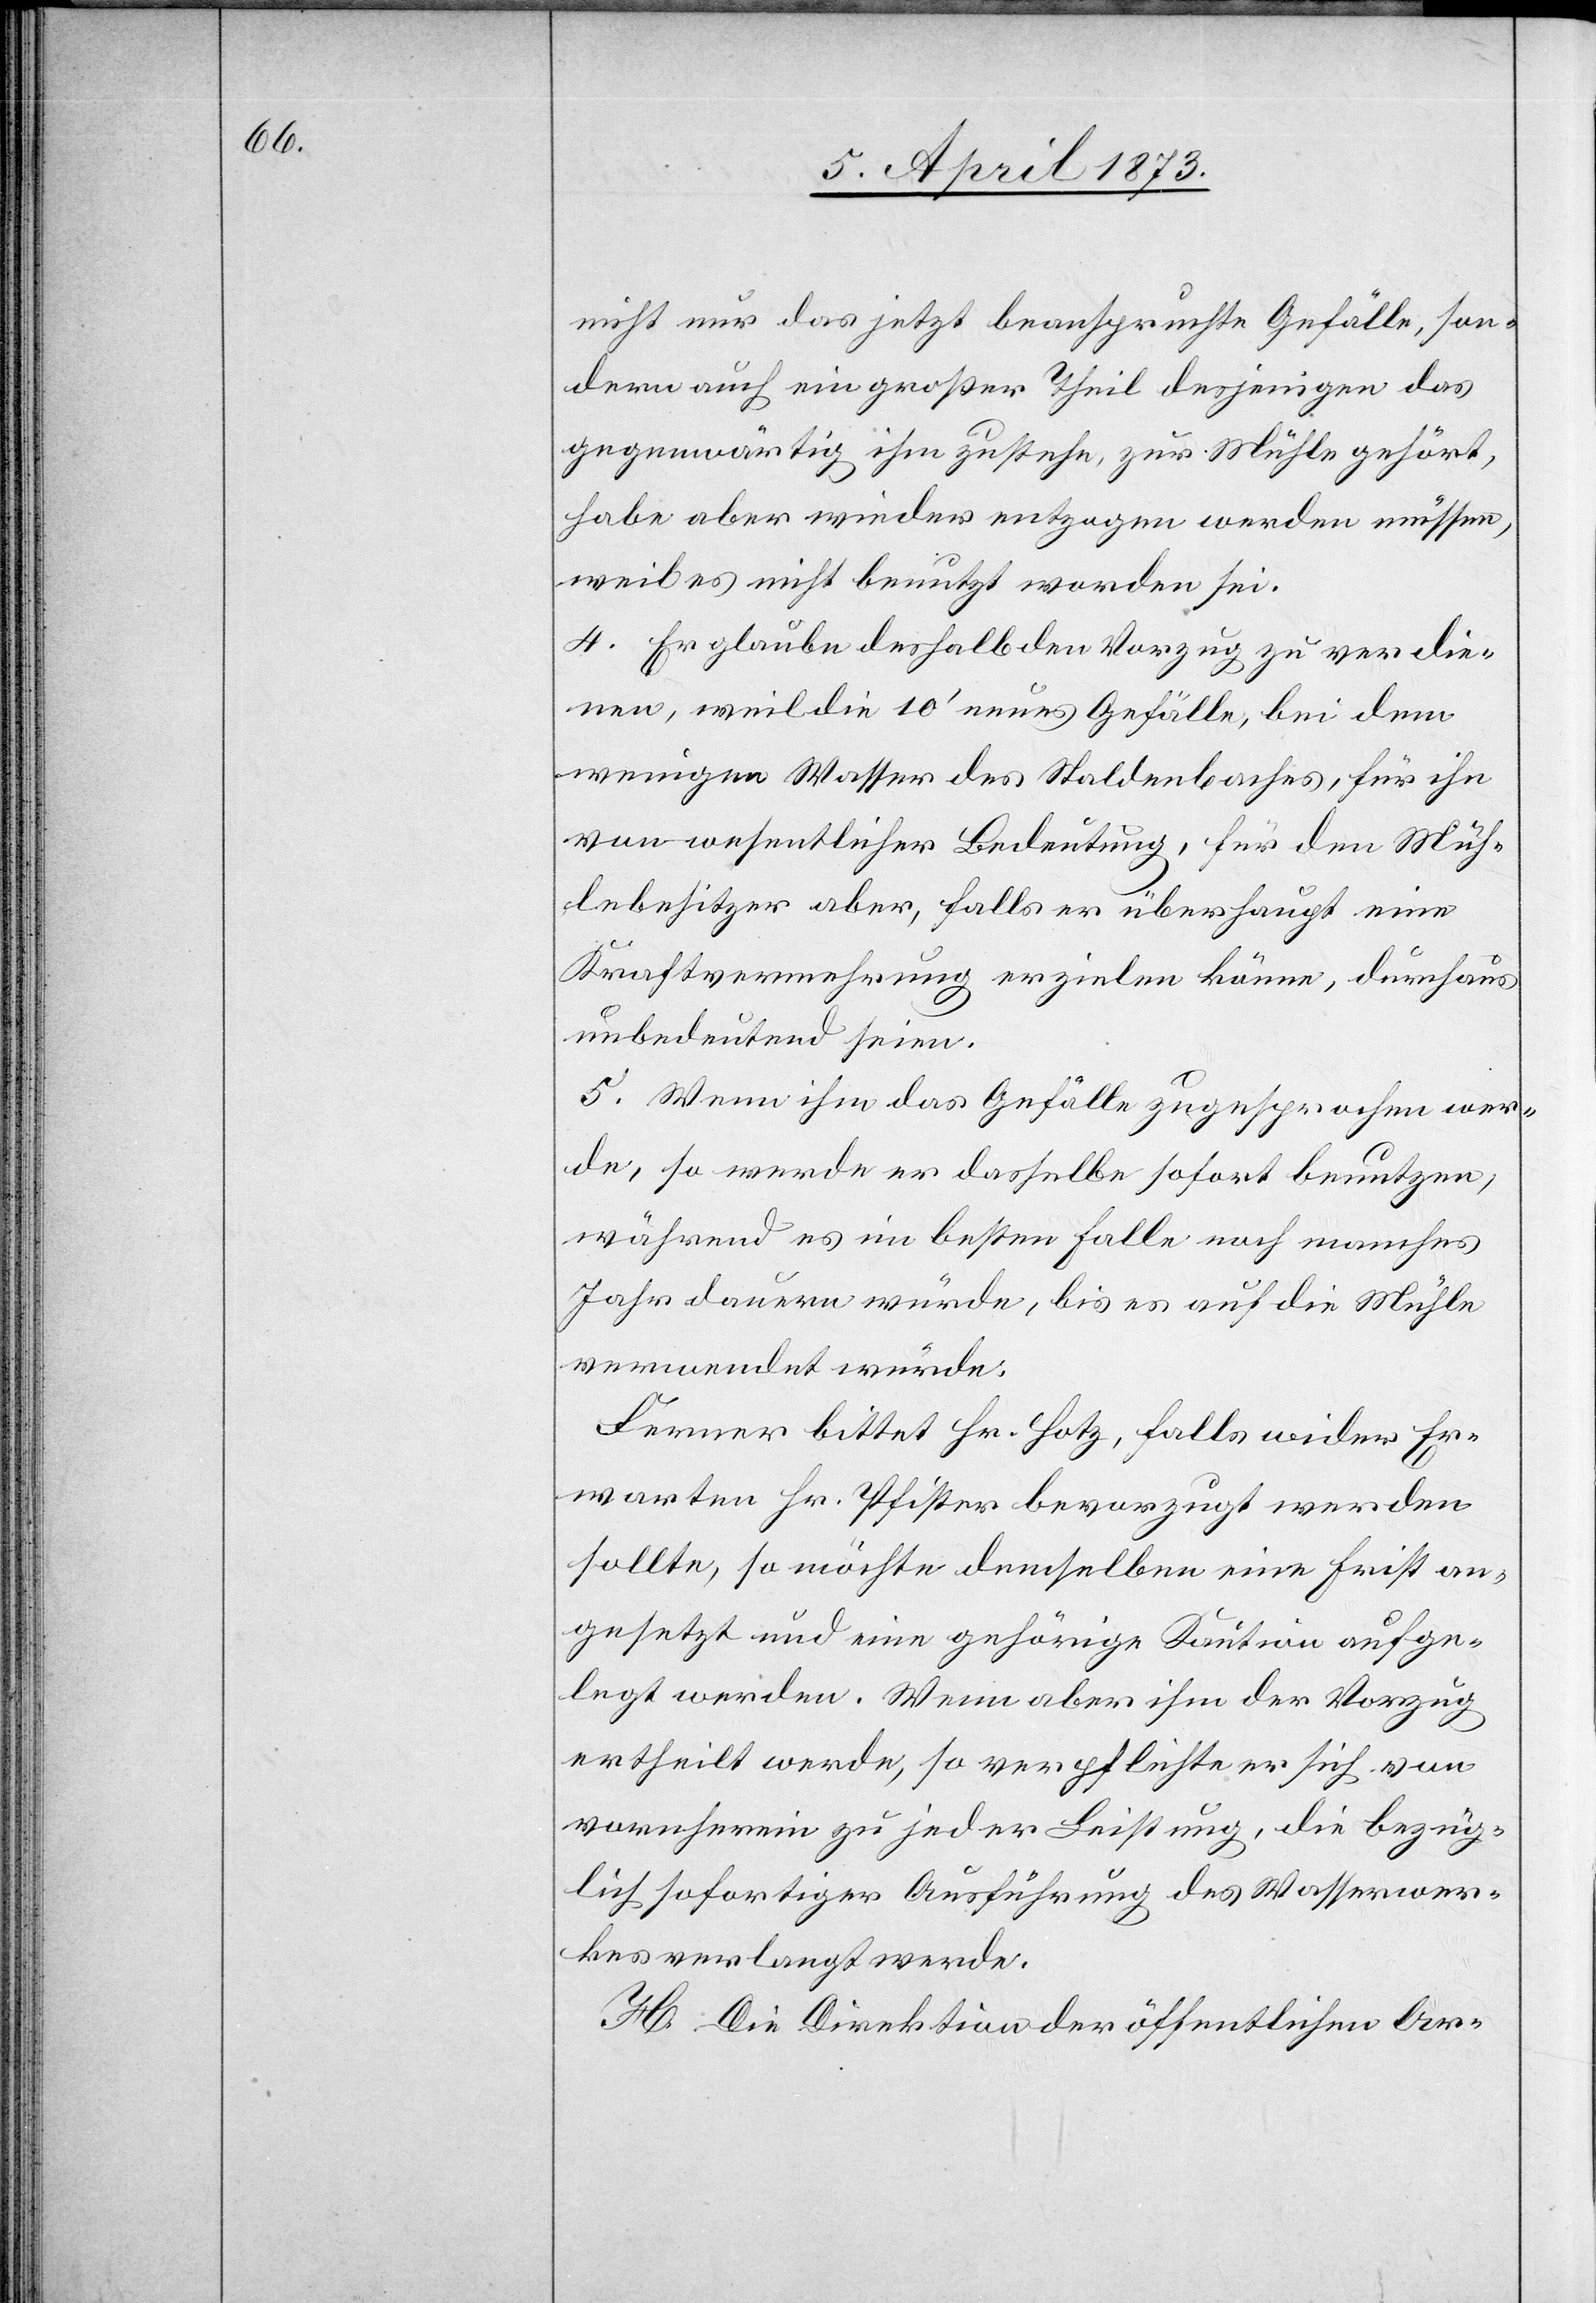
nicht nur das jetzt beanspruchte Gefälle, son¬
dern auch ein großer Theil desjenigen das
gegenwärtig ihm zustehe, zur Mühle gehört,
habe aber wieder entzogen werden müssen,
weil es nicht benutzt worden sei.
4. Er glaube deshalb den Vorzug zu verdie¬
nen, weil die 10’ neues Gefälle, bei dem
wenigen Wasser des Staldenbaches, für ihn
von wesentlicher Bedeutung, für den Müh¬
lebesitzer aber, falls er überhaupt eine
Kraftvermehrung erzielen könne, durchaus
unbedeutend seien.
5. Wenn ihm das Gefälle zugesprochen wer¬
de, so werde er dasselbe sofort benutzen,
während es im besten Falle noch manches
Jahr dauern würde, bis es auf die Mühle
verwendet würde.
Ferner bittet Hr. Hotz, falls wider Er¬
warten Hr. Pfister bevorzugt werden
sollte, so möchte demselben eine Frist an¬
gesetzt und eine gehörige Kaution aufge¬
legt werden. Wenn aber ihm der Vorzug
ertheilt werde, so verpflichte er sich von
vorneherein zu jeder Leistung, die bezüg¬
lich sofortiger Ausführung des Wasserwer¬
kes verlangt werde.
H. Die Direktion der öffentlichen Ar-